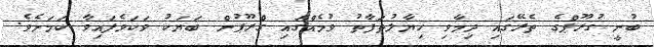
ބުނީ ގުރޫޕްގެ ތެރޭގައި ދިމާވި ހިޔާލުތަފާތު ވުމެއްގައި ގްރޫޕުން ބަޔަކު ވަކަވެފައިވާ ކަމަށެވެ.